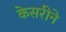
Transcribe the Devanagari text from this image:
केसरीने